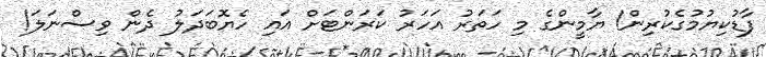
ފާޑުކިޔުމުގެކުރިން! ޔާމީންގެ މި ހަތަރު އަހަރު ކަރަންޓަށް އައި ހެޔޮބަދަލު ދެން ވިސްނަލަ!